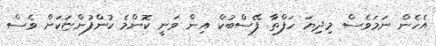
އެހެން ނަމަވެސް މިދިޔަ ހަފްތާ ފޭސްބުކް އިން ވަނީ ކޮންމެ ކުންފުންޏަކަށް ވެސް